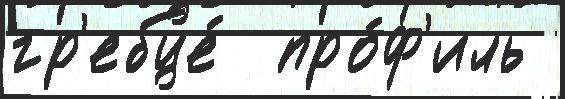
гр'ебце́  про́ф'иль